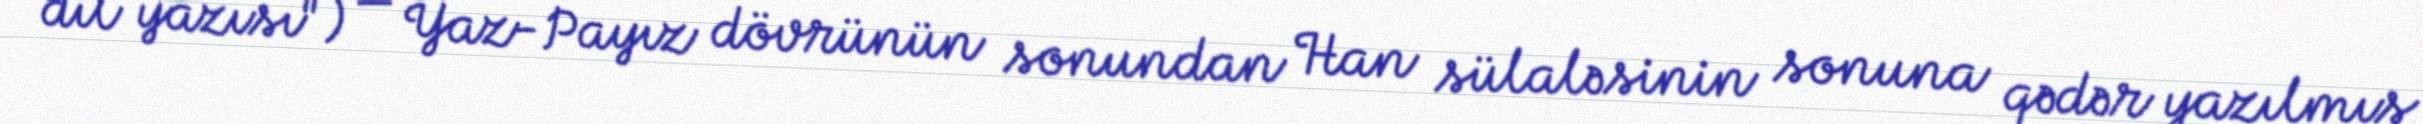
dil yazısı") — Yaz-Payız dövrünün sonundan Han sülaləsinin sonuna qədər yazılmış